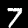
Label: 7